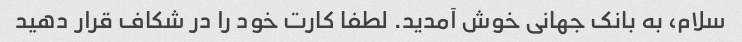
سلام، به بانک جهانی خوش آمدید. لطفا کارت خود را در شکاف قرار دهید